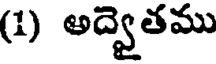
(1) అద్వెతము